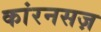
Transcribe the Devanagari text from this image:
कांरनसज़